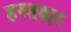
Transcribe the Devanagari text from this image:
हस्तक्षर